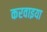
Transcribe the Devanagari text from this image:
करवाइया